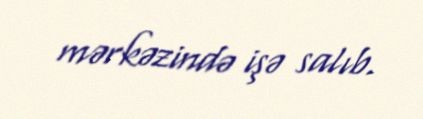
mərkəzində işə salıb.